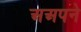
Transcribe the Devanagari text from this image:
अअपने